Insane asylums in Bengal annual reports 1867-1875 - 1867-1875
Year: 1867
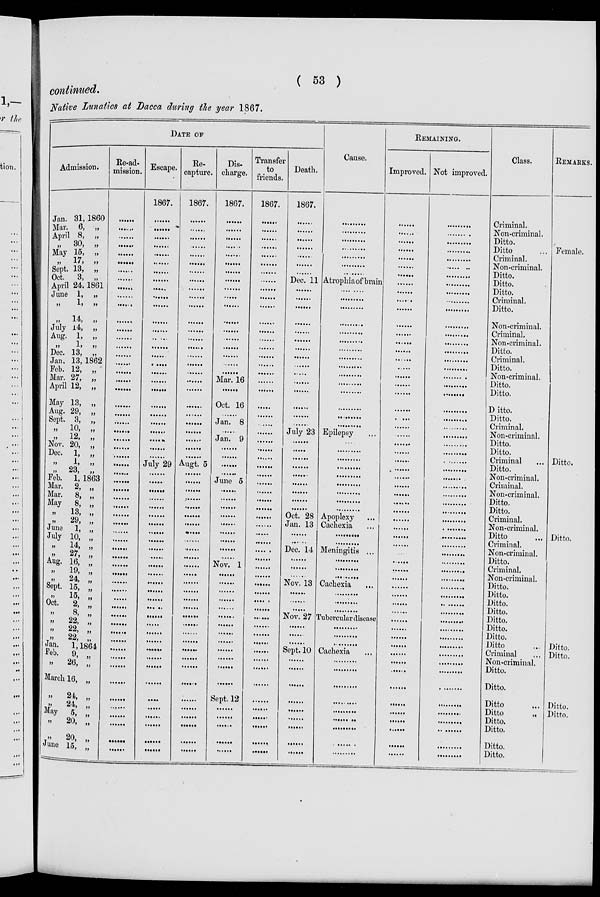
( 53 )
continued.
Native Lunatics at Dacca during the year 1867.
DATE OF
Admission.
Jan 31, 1860
Mar. 6, „
April 8, „
„ 30, „
May 15, „
„ 17, „
Sept. 13, „
Oct. 3, „
April 24, 1861
June 1, „
„ 1, „
„ 14, „
July 14, „
Aug. 1,
„
„ 1, „
Dec. 13,
„
Jan. 13, 1862
Feb. 12,
„
Mar. 27,
„
April 12,
„
May 13,
„
Aug. 29,
„
Sept. 3,
„
„
10,
„
„
12,
„
Nov. 20, „
Dec. 1, „
„ 1, „
„ 23, „
Feb. 1, 1863
Mar. 2, „
Mar. 8, „
May 8, „
„
13, „
„
29, „
June 1, „
July 10, „
„
14, „
„
27, „
Aug. 16, „
„
19, „
„
24, „
Sept. 15, „
„
15, „
Oct. 2, „
„
8, „
„
22, „
„
22, „
„ 22, „
Jan. 1, 1864
Feb. 9, „
„
26, „
March 16, „
„
24, „
„
24, „
May 5, „
„
20, „
„ 20, „
June 15, „
Re-ad-
mission.
......
......
......
......
......
......
......
......
......
......
......
......
......
......
......
......
......
......
......
......
......
......
......
......
......
......
......
......
......
......
......
......
......
......
......
......
......
......
......
......
......
......
......
......
......
......
......
......
......
......
......
......
......
......
......
......
......
......
......
Escape.
1867.
......
......
......
......
......
......
......
......
......
......
......
......
......
......
......
......
......
......
......
......
......
......
......
......
......
......
......
July 29
......
......
......
......
......
......
......
......
......
......
......
......
......
......
......
......
......
......
......
......
......
......
......
......
......
......
......
......
......
......
......
Re-
capture.
1867.
......
......
......
......
......
......
......
......
......
......
......
......
......
......
......
......
......
......
......
......
......
......
......
......
......
......
......
Augt. 5
......
......
......
......
......
......
......
......
......
......
......
......
......
......
......
......
......
......
......
......
......
......
......
......
......
......
......
......
......
......
......
Dis-
charge.
1867.
......
......
......
......
......
......
......
......
......
......
......
......
......
......
......
......
......
......
Mar. 16
......
Oct. 16
......
Jan. 8
......
Jan. 9
......
......
......
......
June 5
......
......
......
......
......
......
......
......
......
Nov. 1
......
......
......
......
......
......
......
......
......
......
......
......
......
Sept. 12
......
......
......
......
......
Transfer
to
friends.
1867.
......
......
......
......
......
......
......
......
......
......
......
......
......
......
......
......
......
......
......
......
......
......
......
......
......
......
......
......
......
......
......
......
......
......
......
......
......
......
......
......
......
......
......
......
......
......
......
......
......
......
......
......
......
......
......
......
......
......
......
Death.
1867.
......
......
......
......
......
......
......
Dec. 11
......
......
......
......
......
......
......
......
......
......
......
......
......
......
......
July 23
......
......
......
......
......
......
......
......
......
Oct. 28
Jan. 13
......
......
Dec. 14
......
......
......
Nov. 13
......
......
......
Nov. 27
......
......
......
Sept. 10
......
......
......
......
......
......
......
......
......
Cause.
.........
.........
.........
.........
.........
.........
.........
Atrophia of brain
.........
.........
.........
.........
.........
.........
.........
.........
.........
.........
.........
.........
.........
.........
.........
Epilepsy ...
.........
.........
.........
.........
.........
.........
.........
.........
.........
Apoplexy ...
Cachexia ...
.........
.........
Meningitis ...
.........
.........
.........
Cachexia
...
.........
.........
.........
Tubercular disease
.........
.........
.........
Cachexia
...
.........
.........
.........
.........
.........
.........
.........
.........
.........
REMAINING.
Improved.
......
......
......
......
......
......
......
......
......
......
......
......
......
......
......
......
......
......
......
......
......
......
......
......
......
......
......
......
......
......
......
......
......
......
......
......
......
......
......
......
......
......
......
......
......
......
......
......
......
......
......
......
......
......
......
......
......
......
......
Not improved.
.........
.........
.........
.........
.........
.........
.........
.........
.........
.........
.........
.........
.........
.........
.........
.........
.........
.........
.........
.........
.........
.........
.........
.........
.........
.........
.........
.........
.........
.........
.........
.........
.........
.........
.........
.........
.........
.........
.........
.........
.........
.........
.........
.........
.........
.........
.........
.........
.........
.........
.........
.........
.........
.........
.........
.........
.........
.........
.........
Class.
Criminal.
Non-criminal.
Ditto.
Ditto ...
Criminal.
Non-criminal.
Ditto.
Ditto.
Ditto.
Criminal.
Ditto.
Non-criminal.
Criminal.
Non-criminal.
Ditto.
Criminal.
Ditto.
Non-criminal.
Ditto.
Ditto.
Ditto.
Ditto.
Criminal.
Non-criminal.
Ditto.
Ditto.
Criminal
...
Ditto.
Non-criminal.
Criminal.
Non-criminal.
Ditto.
Ditto.
Criminal.
Non-criminal.
Ditto ...
Criminal.
Non-criminal.
Ditto.
Criminal.
Non-criminal.
Ditto.
Ditto.
Ditto.
Ditto.
Ditto.
Ditto.
Ditto.
Ditto ...
Criminal ...
Non-criminal.
Ditto.
Ditto.
Ditto
...
Ditto
...
Ditto.
Ditto.
Ditto.
Ditto.
REMARKS.
Female.
Ditto
Ditto.
Ditto.
Ditto.
Ditto.
Ditto.